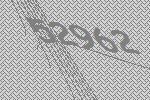
52962